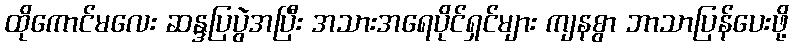
ထိုကောင်မလေး ဆန္ဒပြပွဲအပြီး အသားအရေပိုင်ရှင်များ ကျနစွာ ဘာသာပြန်ပေးဖို့